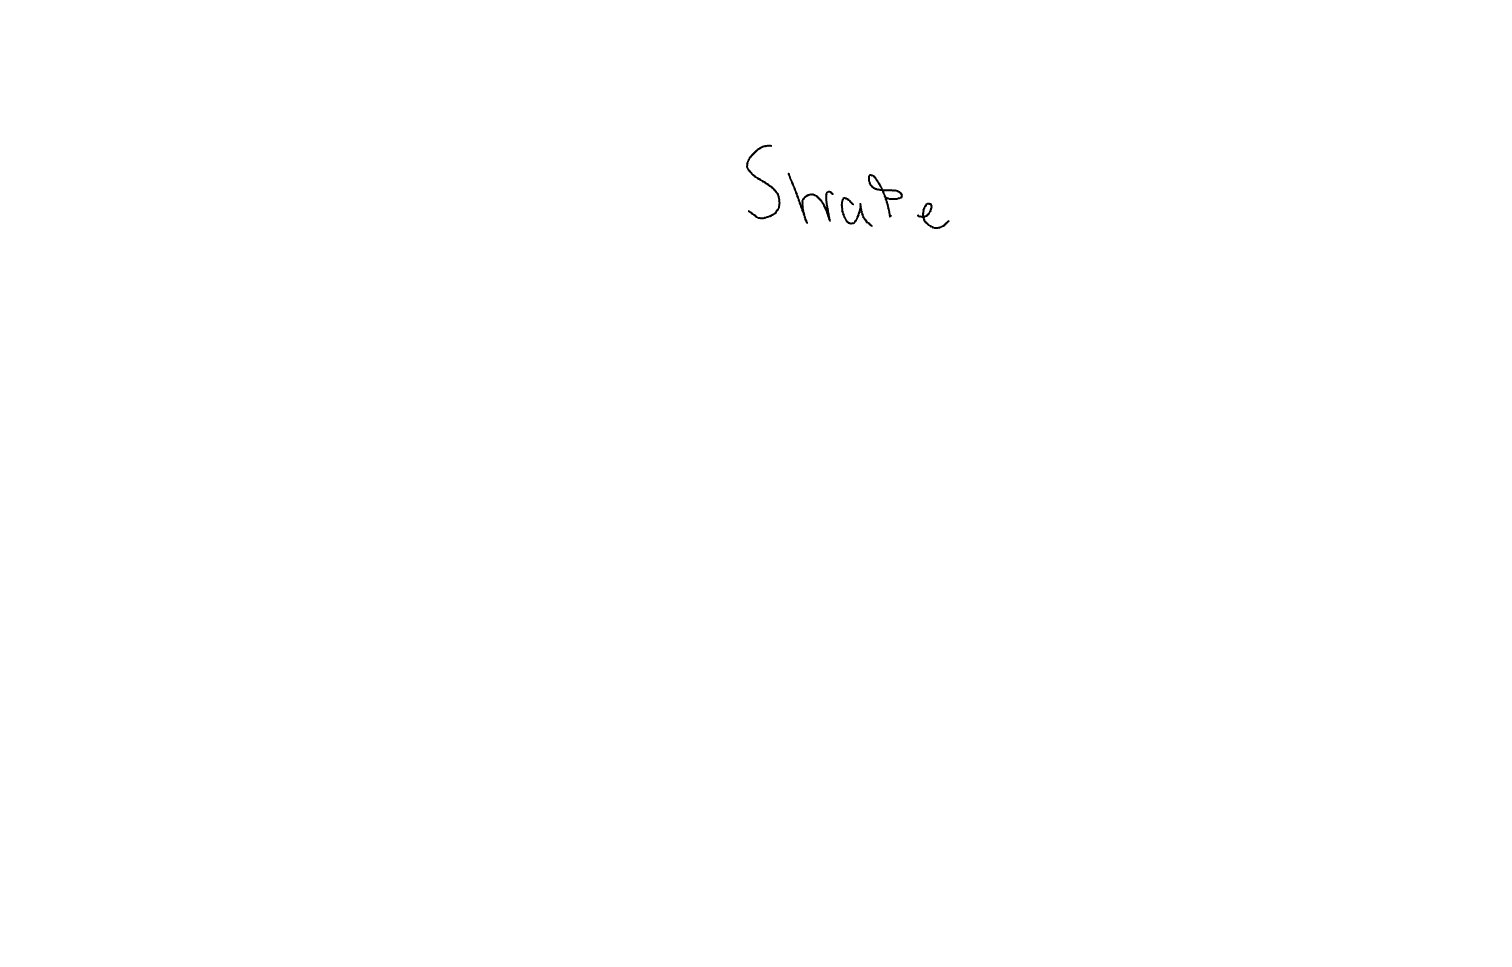
Text: Straße